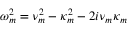
\omega _ { m } ^ { 2 } = \nu _ { m } ^ { 2 } - \kappa _ { m } ^ { 2 } - 2 i \nu _ { m } \kappa _ { m }